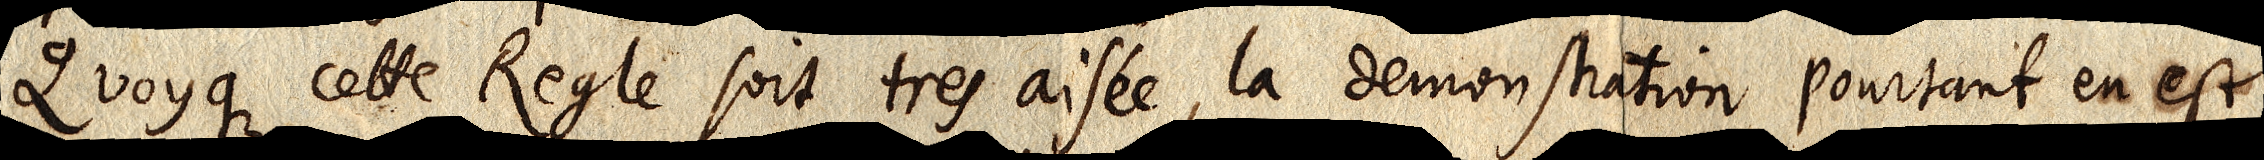
Quoque cette Regle soit tres aisée, la demonstration pourtant en est